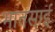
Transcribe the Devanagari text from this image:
भातसाई